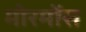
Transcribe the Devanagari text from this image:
मोरमोंस